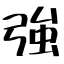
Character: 強